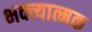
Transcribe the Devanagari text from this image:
भक्त्यात्मक